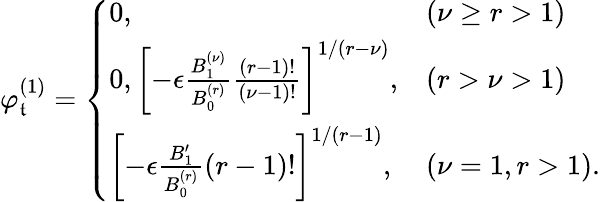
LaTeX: \varphi_{\mathfrak{t}}^{(1)}=\left\{ \begin{array}{ll}{0,}&{(\nu\geq r>1)}\\ {0,\left[-\epsilon\frac{B_{1}^{(\nu)}}{B_{0}^{(r)}}\frac{(r-1)!}{(\nu-1)!}\right]^{1/(r-\nu)},}&{(r>\nu>1)}\\ {\left[-\epsilon\frac{B_{1}^{\prime}}{B_{0}^{(r)}}(r-1)!\right]^{1/(r-1)},}&{(\nu=1,r>1).}\end{array}\right.